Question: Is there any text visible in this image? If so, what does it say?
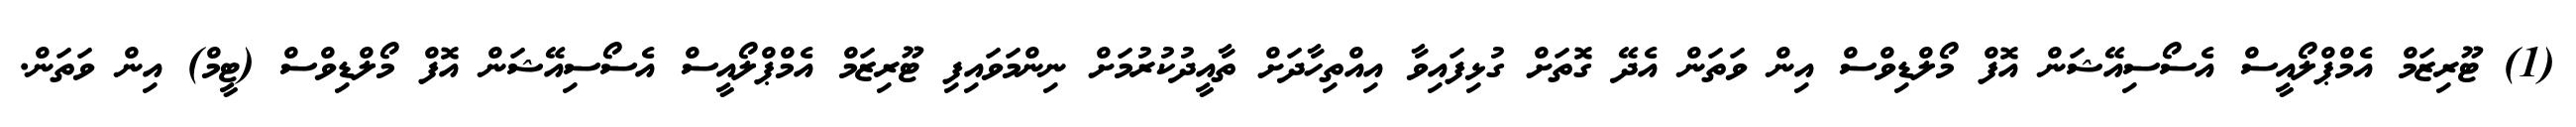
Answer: (1) ޓޫރިޒަމް އެމްޕްލޯއީސް އެސޯސިއޭޝަން އޮފް މޯލްޑިވްސް އިން ވަތަން އެދޭ ގޮތަށް ގުޅިފައިވާ އިއްތިހާދަށް ތާއީދުކުރުމަށް ނިންމަވައިފި ޓޫރިޒަމް އެމްޕްލޯއީސް އެސޯސިއޭޝަން އޮފް މޯލްޑިވްސް (ޓީމް) އިން ވަތަން.